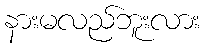
နားမလည်ဘူးလား